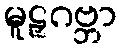
မူဠှဂဗ္ဘာ